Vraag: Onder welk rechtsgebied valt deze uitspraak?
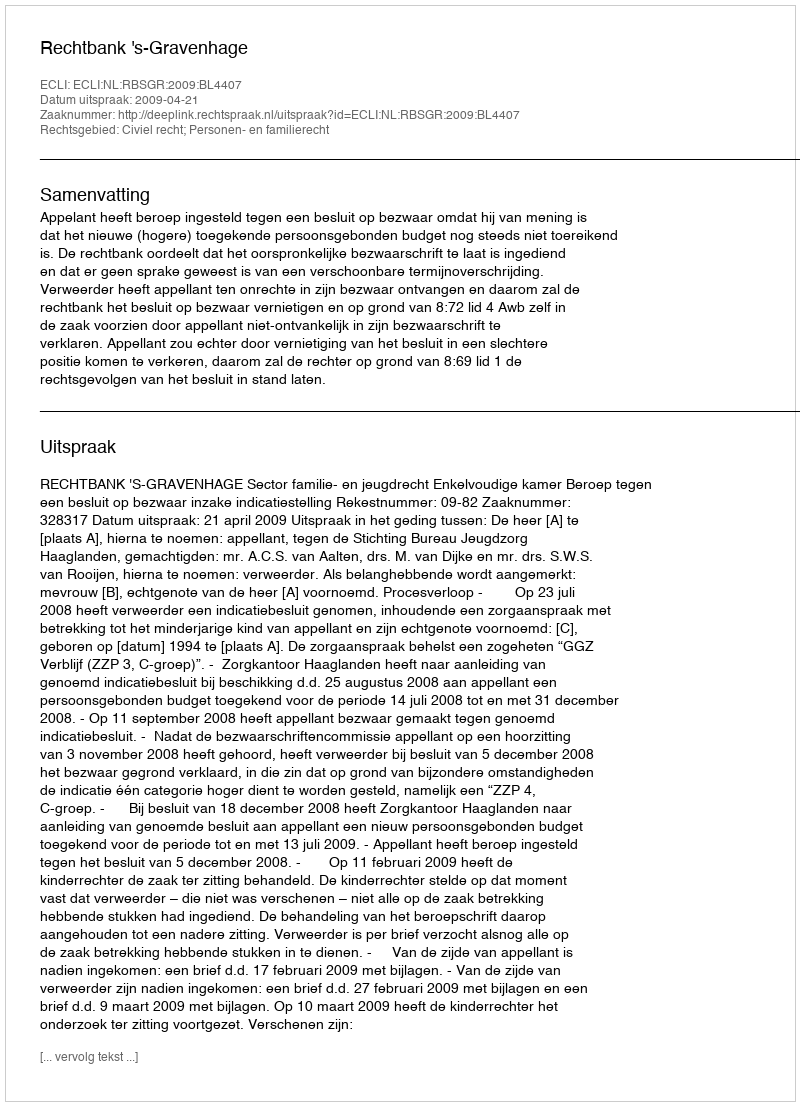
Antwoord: Civiel recht; Personen- en familierecht